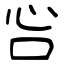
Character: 吢